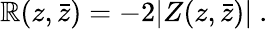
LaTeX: \mathbb{R}(z,\bar{{z}})=-2|Z(z,\bar{{z}})|\ .